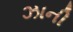
ઝાની